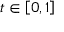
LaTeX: t \in \left[ 0 , 1 \right]